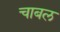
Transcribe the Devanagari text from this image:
चाबल